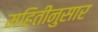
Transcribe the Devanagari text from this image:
महितीनुसार